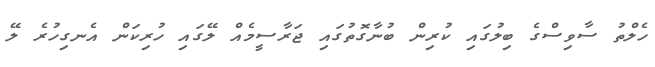
ހެލްތު ސާވިސްގެ ބިލުގައި ކުރިން ބުނާގޮތުގައި ޖަރާސީމެއް ލޭގައި ހުރިކަން އެނގިހުރެ ލޭ